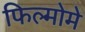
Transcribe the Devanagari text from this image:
फिल्मोमे